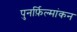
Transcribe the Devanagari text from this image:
पुनर्फ़िल्मांकन